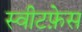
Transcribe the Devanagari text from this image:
स्वीटफ़ेस